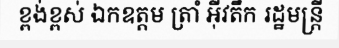
ខ្ពង់ខ្ពស់ ឯកឧត្តម ត្រាំ អ៊ីវតឹក រដ្ឋមន្ត្រី